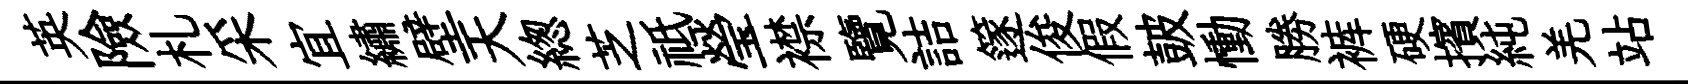
英險札采宜繡壁天緫芝祗瑩襟覽詰篴俊假皷慟勝裤硬擯純羌站